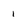
Character: i